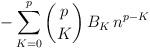
LaTeX: \begin{align*} - \sum_{K=0}^{p} \binom{p}{K} \, B_K \, n^{p-K}\end{align*}